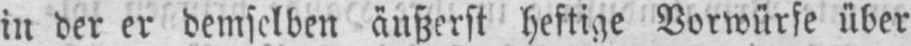
in der er demselben äußerst heftige Vorwürfe über